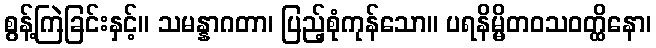
စွန့်ကြဲခြင်းနှင့်။ သမန္နာဂတာ၊ ပြည့်စုံကုန်သော။ ပရနိမ္မိတဝသဝတ္ထိနော၊